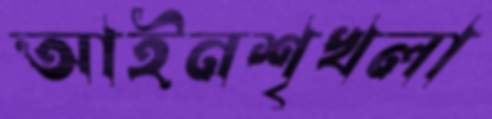
আইনশৃখলা